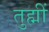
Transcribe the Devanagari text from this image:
तुह्मीं